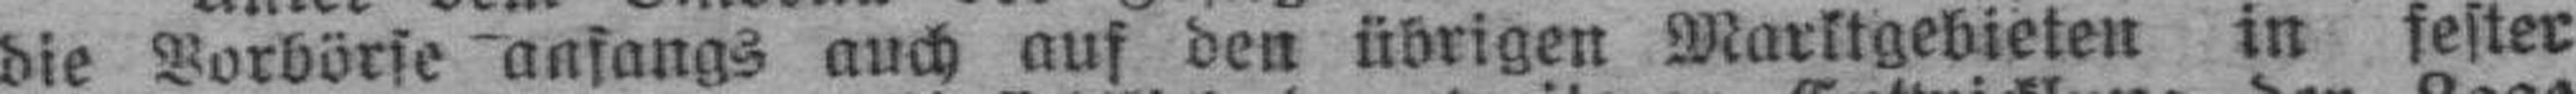
die Vorbörse anfangs auch auf den übrigen Marktgebieten in fester